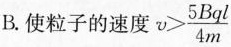
B.使粒子的速度 $$v > \frac { 5 B q l } { 4 m }$$